Report on horse surra - Volume II, Part II
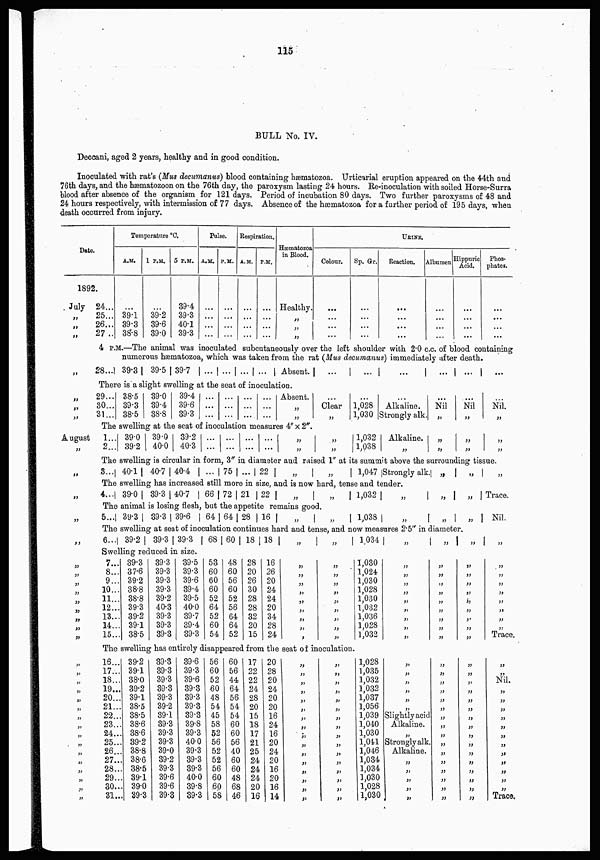
115
BULL No. IV.
Deccani, aged 2 years, healthy and in good condition.
Inoculated with rat's (Mus decumanus) blood containing hæmatozoa. Urticarial eruption appeared on the 44th and
76th days, and the hæmatozoon on the 76th day, the paroxysm lasting 24 hours. Re-inoculation with soiled Horse-Surra
blood after absence of the organism for 121 days. Period of incubation 80 days. Two further paroxysms of 48 and
24 hours respectively, with intermission of 77 days. Absence of the hæmatozoa for a further period of 195 days, when
death occurred from injury.
Date
1892.
July
„
„
„
„
„
„
„
August
„
„
„
„
„
„
„
„
„
„
„
„
„
„
„
„
„
„
„
„
„
„
„
„
„
„
„
„
„
„
24...
25...
26...
27 ..
Temperature °C
A.M.
...
39.1
39.3
38.8
1 P.M.
...
39.2
39.6
39.0
5 P.M.
39.4
39.3
40.1
39.3
Pulse.
A.M.
...
...
...
...
P.M.
...
...
...
...
Respiration.
A.M.
...
...
...
...
P.M.
...
...
...
...
Hæmatozoa
in Blood
Healthy.
„
„
„
URINE.
Colour.
...
...
...
...
Sp. Gr.
...
...
...
...
Reaction.
...
...
...
...
Albumen
...
...
...
...
Hippuric
Acid.
...
...
...
...
Phos-
phates.
...
...
...
...
4 P.M..—Th aenimal was inoculated subcutaneously over the left shoulder with 2.0 c.c. of blood containing
numerous hæmatozoa, which was taken from the rat (Mus decumanus) immediately after death.
28... 39.3
39.5 39.7
... ... ... ...
Absent.
...
...
...
...
...
...
There is a slight swelling at the seat of inoculation.
29...
30...
31...
38.5
39.3
38.5
39.0
39.4
38.8
39.4
39.6
39.3
...
...
...
...
...
...
...
...
...
...
...
...
Absent.
„
„
...
Clear
„
...
1,028
1,030
...
Alkaline.
Strongly alk.
...
Nil
„
...
Nil
„
Nil.
„
The swelling at the seat of inoculation measures 4" × 2"
1...
2...
39.0
39.2
39.0
40.0
39.2
40.3
...
...
...
...
...
...
...
...
„
„
„
„
1,032
1,038
Alkaline.
„
„
„
„
„
„
„
The swelling is circular in form, 3" in diameter and raised 1" at its summit above the surrounding tissue.
3... 40.1 40.7 40.4
... 75 ... 22 „
„
1,047 Strongly alk. „
„
„
The swelling has increased still more in size, and is now hard, tense and tender.
4... 39.0
39.3 40.7
66 72 21 22 „
„
1,032 „
„
„
Trace.
The animal is losing flesh, but the appetite remains good.
5... 39.3 39.3 39.6
64 64 28 16 „
„
1,038 „
„
„
Nil.
The swelling at seat of inoculation continues hard and tense, and now measures 2.5" in diameter.
6... 39.2
39.3 39.3
68 60 18 18 „
„
1.034 „
„
„
„
Swelling reduced in size.
7...
8...
9...
10...
11...
12...
13...
14...
15...
39.3
37.6
39.2
38.8
38.8
39.3
39.2
39.1
38.5
39.3
39.3
39.3
39.3
39.2
40.3
39.3
39.3
39.3
39.5
39.3
39.6
39.4
39.5
40.0
39.7
39.4
39.3
53
60
60
60
52
64
52
60
54
48
60
56
60
52
56
64
64
52
28
20
26
30
28
28
32
20
15
16
26
20
24
24
20
34
28
24
„
„
„
„
„
„
„
„
„
„
„
„
„
„
„
„
„
„
1,030
1,024
1,030
1,028
1,030
1,032
1,036
1,028
1,032
„
„
„
„
„
„
„
„
„
„
„
„
„
„
„
„
„
„
„
„
„
„
„
„
„
„
„
„
„
„
„
„
„
„
„
Trace.
The swelling has entirely disappeared from the seat of inoculation.
16...
17...
18...
19...
20...
21...
22...
23...
24...
25...
26...
27...
28...
29...
30...
31...
39.2
39.1
38.0
39.2
39.1
38.5
38.5
38.6
38.6
39.2
38.8
38.6
38.5
39.1
39.0
39.3
39.3
39.3
39.3
39.3
39.3
39.2
39.1
39.3
39.3
39.3
39.0
39.2
39.3
39.6
39.6
39.3
39.6
39.3
39.6
39.3
39.3
39.3
39.3
39.8
39.3
40.0
39.3
39.3
39.3
40.0
39.8
39.3
56
60
52
60
48
54
45
58
52
56
52
52
56
60
60
58
60
56
44
64
56
54
54
60
60
56
40
60
60
48
68
46
17
22
22
24
28
20
15
18
17
21
25
24
24
24
20
16
20
28
20
24
20
20
16
24
16
20
24
20
16
20
16
14
„
„
„
„
„
„
„
„
„
„
„
„
„
„
„
„
„
„
„
„
„
„
„
„
„
„
„
„
„
„
„
„
1,028
1,035
1,032
1,032
1,037
1,056
1,039
1,040
1,030
1,041
1,046
1,034
1,034
1,030
1,028
1,030
„
„
„
„
„
„
Slightly acid
Alkaline.
„
Strongly alk.
Alkaline.
„
„
„
„
„
„
„
„
„
„
„
„
„
„
„
„
„
„
„
„
„
„
„
„
„
„
„
„
„
„
„
„
„
„
„
„
„
„
„
Nil.
„
„
„
„
„
„
„
„
„
„
„
„
Trace.